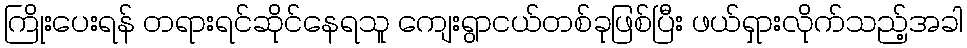
ကြိုးပေးရန် တရားရင်ဆိုင်နေရသူ ကျေးရွာငယ်တစ်ခုဖြစ်ပြီး ဖယ်ရှားလိုက်သည့်အခါ